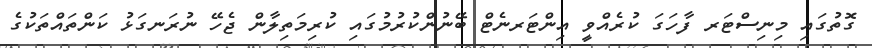
ގޮތުގައި މިނިސްޓަރ ފާހަގަ ކުރެއްވީ އިންޓަރނެޓް ބޭނުންކުރުމުގައި ކުރިމަތިލާން ޖެހޭ ނުރަނގަޅު ކަންތައްތަކުގެ